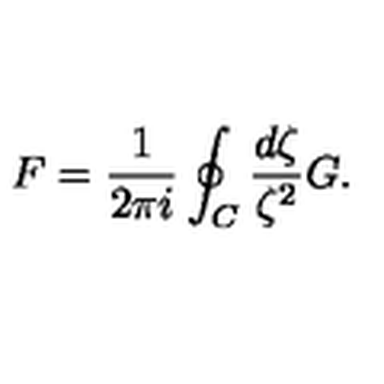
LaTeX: F = \frac { 1 } { 2 \pi i } \oint _ { C } \frac { d \zeta } { \zeta ^ { 2 } } G .